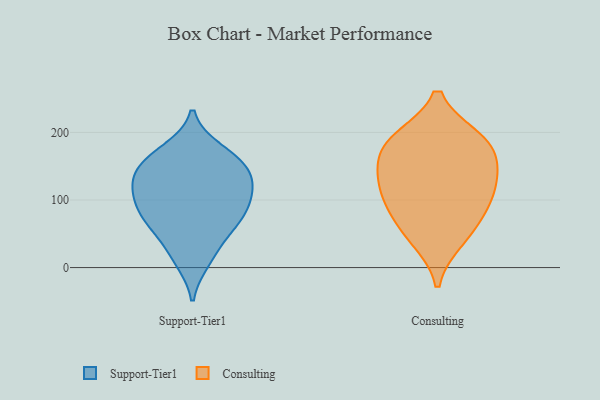
{"axis": {"x": "Latency (ms)", "y": "Value"}, "legend": ["Consulting", "Support-Tier1"], "data": [{"x": "", "y": 173, "type": "Support-Tier1"}, {"x": "", "y": 11, "type": "Support-Tier1"}, {"x": "", "y": 132, "type": "Support-Tier1"}, {"x": "", "y": 77, "type": "Support-Tier1"}, {"x": "", "y": 110, "type": "Support-Tier1"}, {"x": "", "y": 107, "type": "Support-Tier1"}, {"x": "", "y": 60, "type": "Support-Tier1"}, {"x": "", "y": 69, "type": "Support-Tier1"}, {"x": "", "y": 142, "type": "Support-Tier1"}, {"x": "", "y": 69, "type": "Support-Tier1"}, {"x": "", "y": 159, "type": "Support-Tier1"}, {"x": "", "y": 118, "type": "Support-Tier1"}, {"x": "", "y": 22, "type": "Support-Tier1"}, {"x": "", "y": 144, "type": "Support-Tier1"}, {"x": "", "y": 97, "type": "Support-Tier1"}, {"x": "", "y": 164, "type": "Support-Tier1"}, {"x": "", "y": 136, "type": "Consulting"}, {"x": "", "y": 96, "type": "Consulting"}, {"x": "", "y": 42, "type": "Consulting"}, {"x": "", "y": 154, "type": "Consulting"}, {"x": "", "y": 190, "type": "Consulting"}, {"x": "", "y": 182, "type": "Consulting"}, {"x": "", "y": 99, "type": "Consulting"}, {"x": "", "y": 60, "type": "Consulting"}, {"x": "", "y": 124, "type": "Consulting"}, {"x": "", "y": 188, "type": "Consulting"}]}